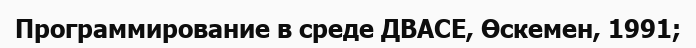
Программирование в среде ДВАСЕ, Өскемен, 1991;